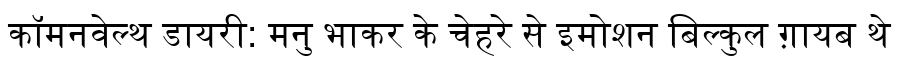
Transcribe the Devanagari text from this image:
कॉमनवेल्थ डायरी: मनु भाकर के चेहरे से इमोशन बिल्कुल ग़ायब थे